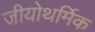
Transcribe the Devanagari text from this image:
जीयोथर्मिक